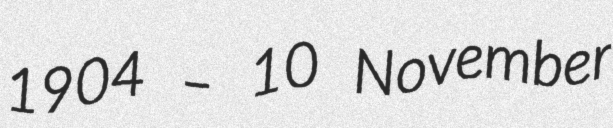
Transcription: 1904 – 10 November